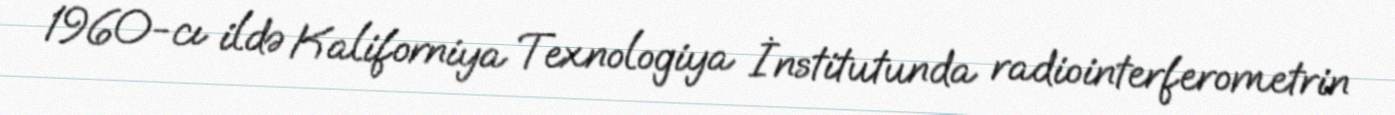
1960-cı ildə Kaliforniya Texnologiya İnstitutunda radiointerferometrin